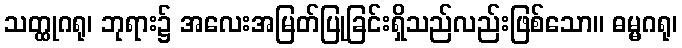
သတ္ထုဂရု၊ ဘုရား၌ အလေးအမြတ်ပြုခြင်းရှိသည်လည်းဖြစ်သော။ ဓမ္မဂရု၊